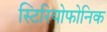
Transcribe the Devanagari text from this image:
स्टिरियोफोनिक